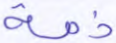
ذمة